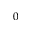
0